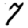
Digit: 7